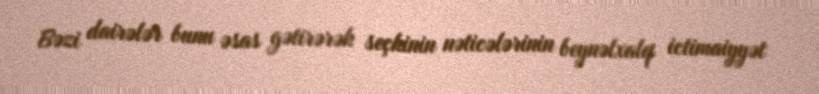
Bəzi dairələr bunu əsas gətirərək seçkinin nəticələrinin beynəlxalq ictimaiyyət